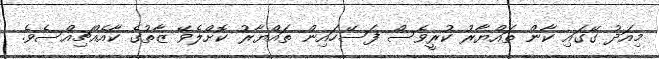
މިއަދު ގޭގައި ކާން ތައްޔާރު ކުރީވެސް ފަސޭހައިން ތައްޔާރު ކޮށްލެވޭ ޒާތުގެ ކާއެއްޗިއްސެވެ.